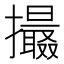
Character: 𢸶